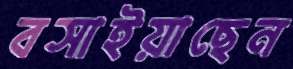
বসাইয়াছেন